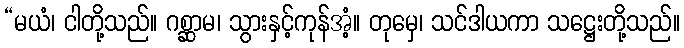
“မယံ၊ ငါတို့သည်။ ဂစ္ဆာမ၊ သွားနှင့်ကုန်အံ့။ တုမှေ၊ သင်ဒါယကာ သဋ္ဌေးတို့သည်။